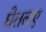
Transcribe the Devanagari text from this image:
घेतलए